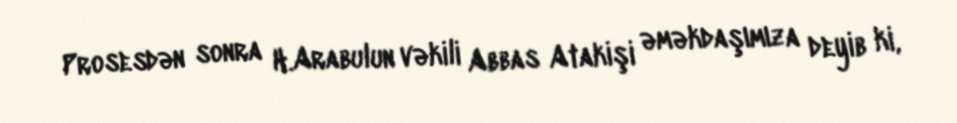
Prosesdən sonra H.Arabulun vəkili Abbas Atakişi əməkdaşımıza deyib ki,